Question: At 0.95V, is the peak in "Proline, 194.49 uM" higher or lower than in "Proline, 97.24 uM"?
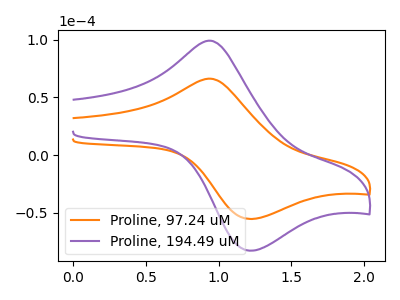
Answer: <think>The orange curve "Proline, 97.24 uM" has an anodic peak at (0.95V, 66.30uA) and a cathodic peak at (1.20V, -55.40uA). The purple curve "Proline, 194.49 uM" has an anodic peak at (0.95V, 99.25uA) and a cathodic peak at (1.20V, -82.90uA).</think>
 <answer>The peak at 0.95V is higher in "Proline, 194.49 uM" than in "Proline, 97.24 uM".</answer>
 <eval>higher</eval>